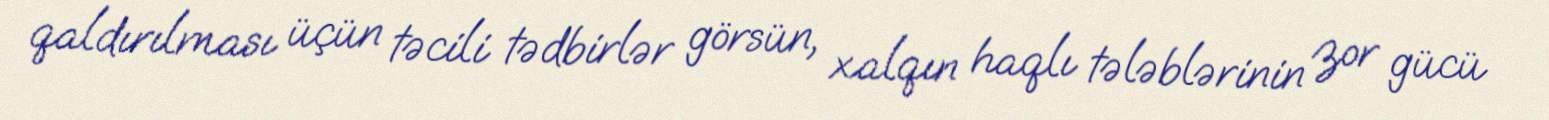
qaldırılması üçün təcili tədbirlər görsün, xalqın haqlı tələblərinin zor gücü